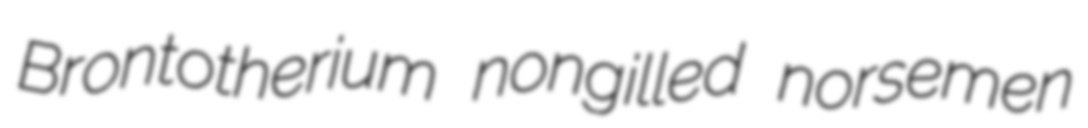
Brontotherium nongilled norsemen